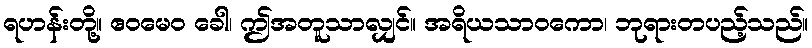
ရဟန်းတို့။ ဧဝမေဝ ခေါ၊ ဤအတူသာလျှင်။ အရိယသာဝကော၊ ဘုရားတပည့်သည်။